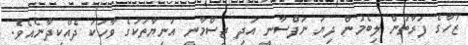
ޒުހާގެ ފަރާތުން ލިބެމުން ދިޔަ ނަފްސާނީ އަދި ޖިސްމާނީ އަނިޔާތަކުގެ ވާހަކަ ދެއްކިދާނެއެވެ.